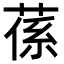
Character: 𦵠